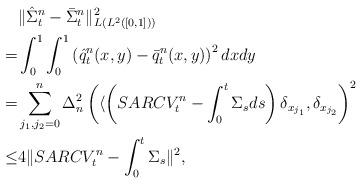
LaTeX: \begin{align*} & \|\hat {\Sigma}_t^{n}-\bar{\Sigma}_t^n\|_{L_{}(L^2([0,1]))}^2\\ = & \int_0^1\int_0^1 \left(\hat{q}_t^n(x,y)-\bar{q}_t^n(x,y)\right)^2 dxdy\\ = & \sum_{j_1,j_2=0}^n \Delta_n^2 \left(\langle \left(SARCV_t^n- \int_0^t\Sigma_s ds\right) \delta_{x_{j_1}},\delta_{x_{j_2}} \right)^2\\ \leq & 4 \|SARCV_t^n-\int_0^t\Sigma_s\|_{}^2,\end{align*}